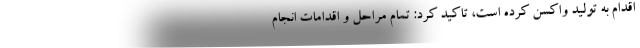
اقدام به تولید واکسن کرده است، تاکید کرد: تمام مراحل و اقدامات انجام